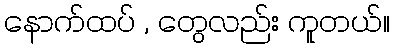
နောက်ထပ် , တွေလည်း ကူတယ်။